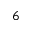
6